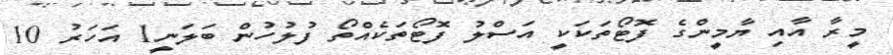
މީރާ އާއި ޔާމީންގެ ފޮޓޯތަކަކީ އަސްލު ފޮޓޯތަކެއްތޯ ފުލުހުން ބަލަނީ1 އަހަރު 10